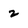
Character: 2